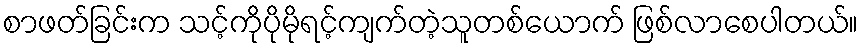
စာဖတ်ခြင်းက သင့်ကိုပိုမိုရင့်ကျက်တဲ့သူတစ်ယောက် ဖြစ်လာစေပါတယ်။